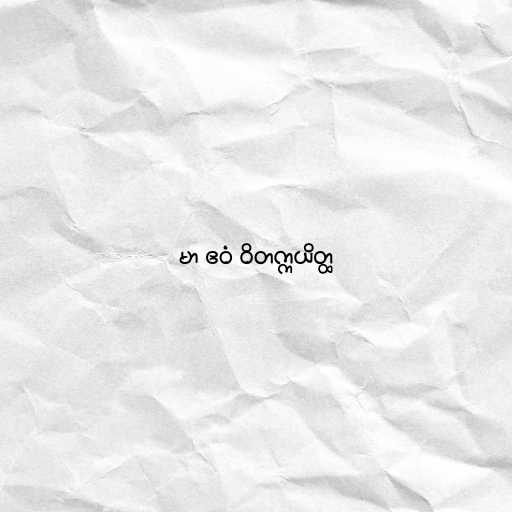
မာ ဧဝံ ဝိတက္ကယိတ္ထ